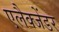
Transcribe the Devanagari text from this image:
एलैक्जेंडर